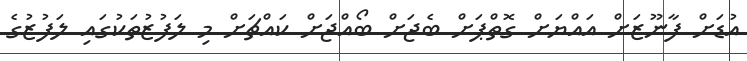
އުޑަށް ފާނޫޒަށް އައްޔަށް ގޮތްޕަށް ބެޖަށް ބޯއްޖަށް ކައްޗަށް މި ލަފުޒުތަކުގައި ލަފުޒުގެ